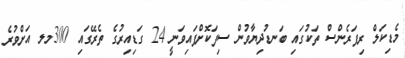
މެޑިކަލް ރިފަރެންސް ތަކުގައި ބަނޑުދިޔާވުން ސިފަކޮށްފައިވަނީ 24 ގަޑިއިރުގެ ތެރޭގައި 300މލ އަށްވުރެ